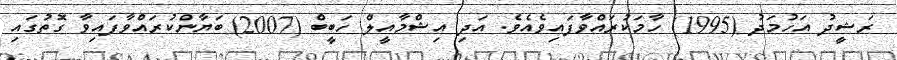
ރަޝީދު އަހުމަދު (1995) ހާމަކުރައްވާފައިވެއެވެ. އަދި އިޝްމާއީލް ހަބީބް (2007) ބަޔާންކުރައްވާފައިވާ ގޮތުގައި